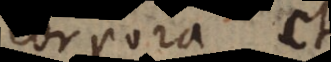
corpora et